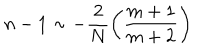
n - 1 \sim - \frac { 2 } { N } \left( \frac { m + 1 } { m + 2 } \right)